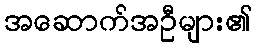
အဆောက်အဦများ၏